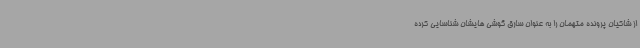
از شاکیان پرونده متهمان را به عنوان سارق گوشی هایشان شناسایی کرده